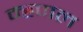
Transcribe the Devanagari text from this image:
म्‍हणल